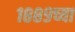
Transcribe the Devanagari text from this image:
१८८९च्या